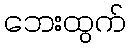
ဘေးထွက်